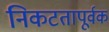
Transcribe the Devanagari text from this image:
निकटतापूर्वक